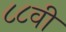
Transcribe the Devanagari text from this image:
८८वी